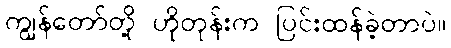
ကျွန်တော်တို့ ဟိုတုန်းက ပြင်းထန်ခဲ့တာပဲ။